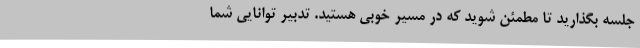
جلسه بگذارید تا مطمئن شوید که در مسیر خوبی هستید. تدبیر توانایی شما